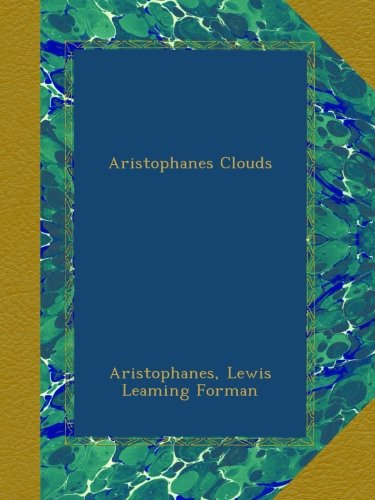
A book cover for Aristophanes Clouds; Aristophanes; Literature & Fiction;